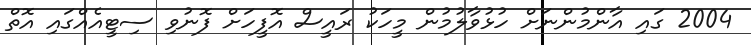
2004 ގައި އާންމުންނަށް ހުޅުވާލުމުން މީހަކު ރައީސް އޮފީހަށް ފޮނުވި ސިޓީއެއްގައި އޮތް